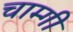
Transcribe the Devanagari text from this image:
चाम्गी